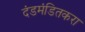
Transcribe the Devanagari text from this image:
दंडमंडितकरा